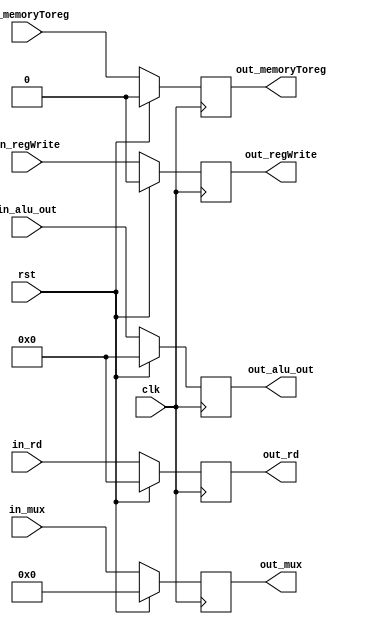

module MEM_to_WB(clk, rst, in_regWrite, in_memoryToreg, in_rd, in_alu_out, in_mux, out_rd, out_alu_out, out_mux,out_regWrite, out_memoryToreg );

	input clk, rst;
	input [4:0] in_mux;
	input [31:0] in_rd, in_alu_out;
	input in_regWrite, in_memoryToreg ;
	
	output [4:0] out_mux;
	output [31:0] out_rd, out_alu_out;
	output out_regWrite, out_memoryToreg;
	
//========================================================================================================
	reg [4:0] out_mux;
	reg [31:0] out_rd, out_alu_out;
	reg out_regWrite, out_memoryToreg ;
//========================================================================================================

	always @(posedge clk) begin
		if (rst) begin
			out_regWrite <= 1'b0;
			out_memoryToreg <= 1'b0;
			out_mux <= 5'b0;
			out_rd <= 32'b0;
			out_alu_out <= 32'b0;
		end
		else begin
			out_mux <= in_mux;
			out_rd <= in_rd;
			out_alu_out <= in_alu_out;
			out_regWrite <= in_regWrite;
			out_memoryToreg <= in_memoryToreg;
		end
	end
	
endmodule